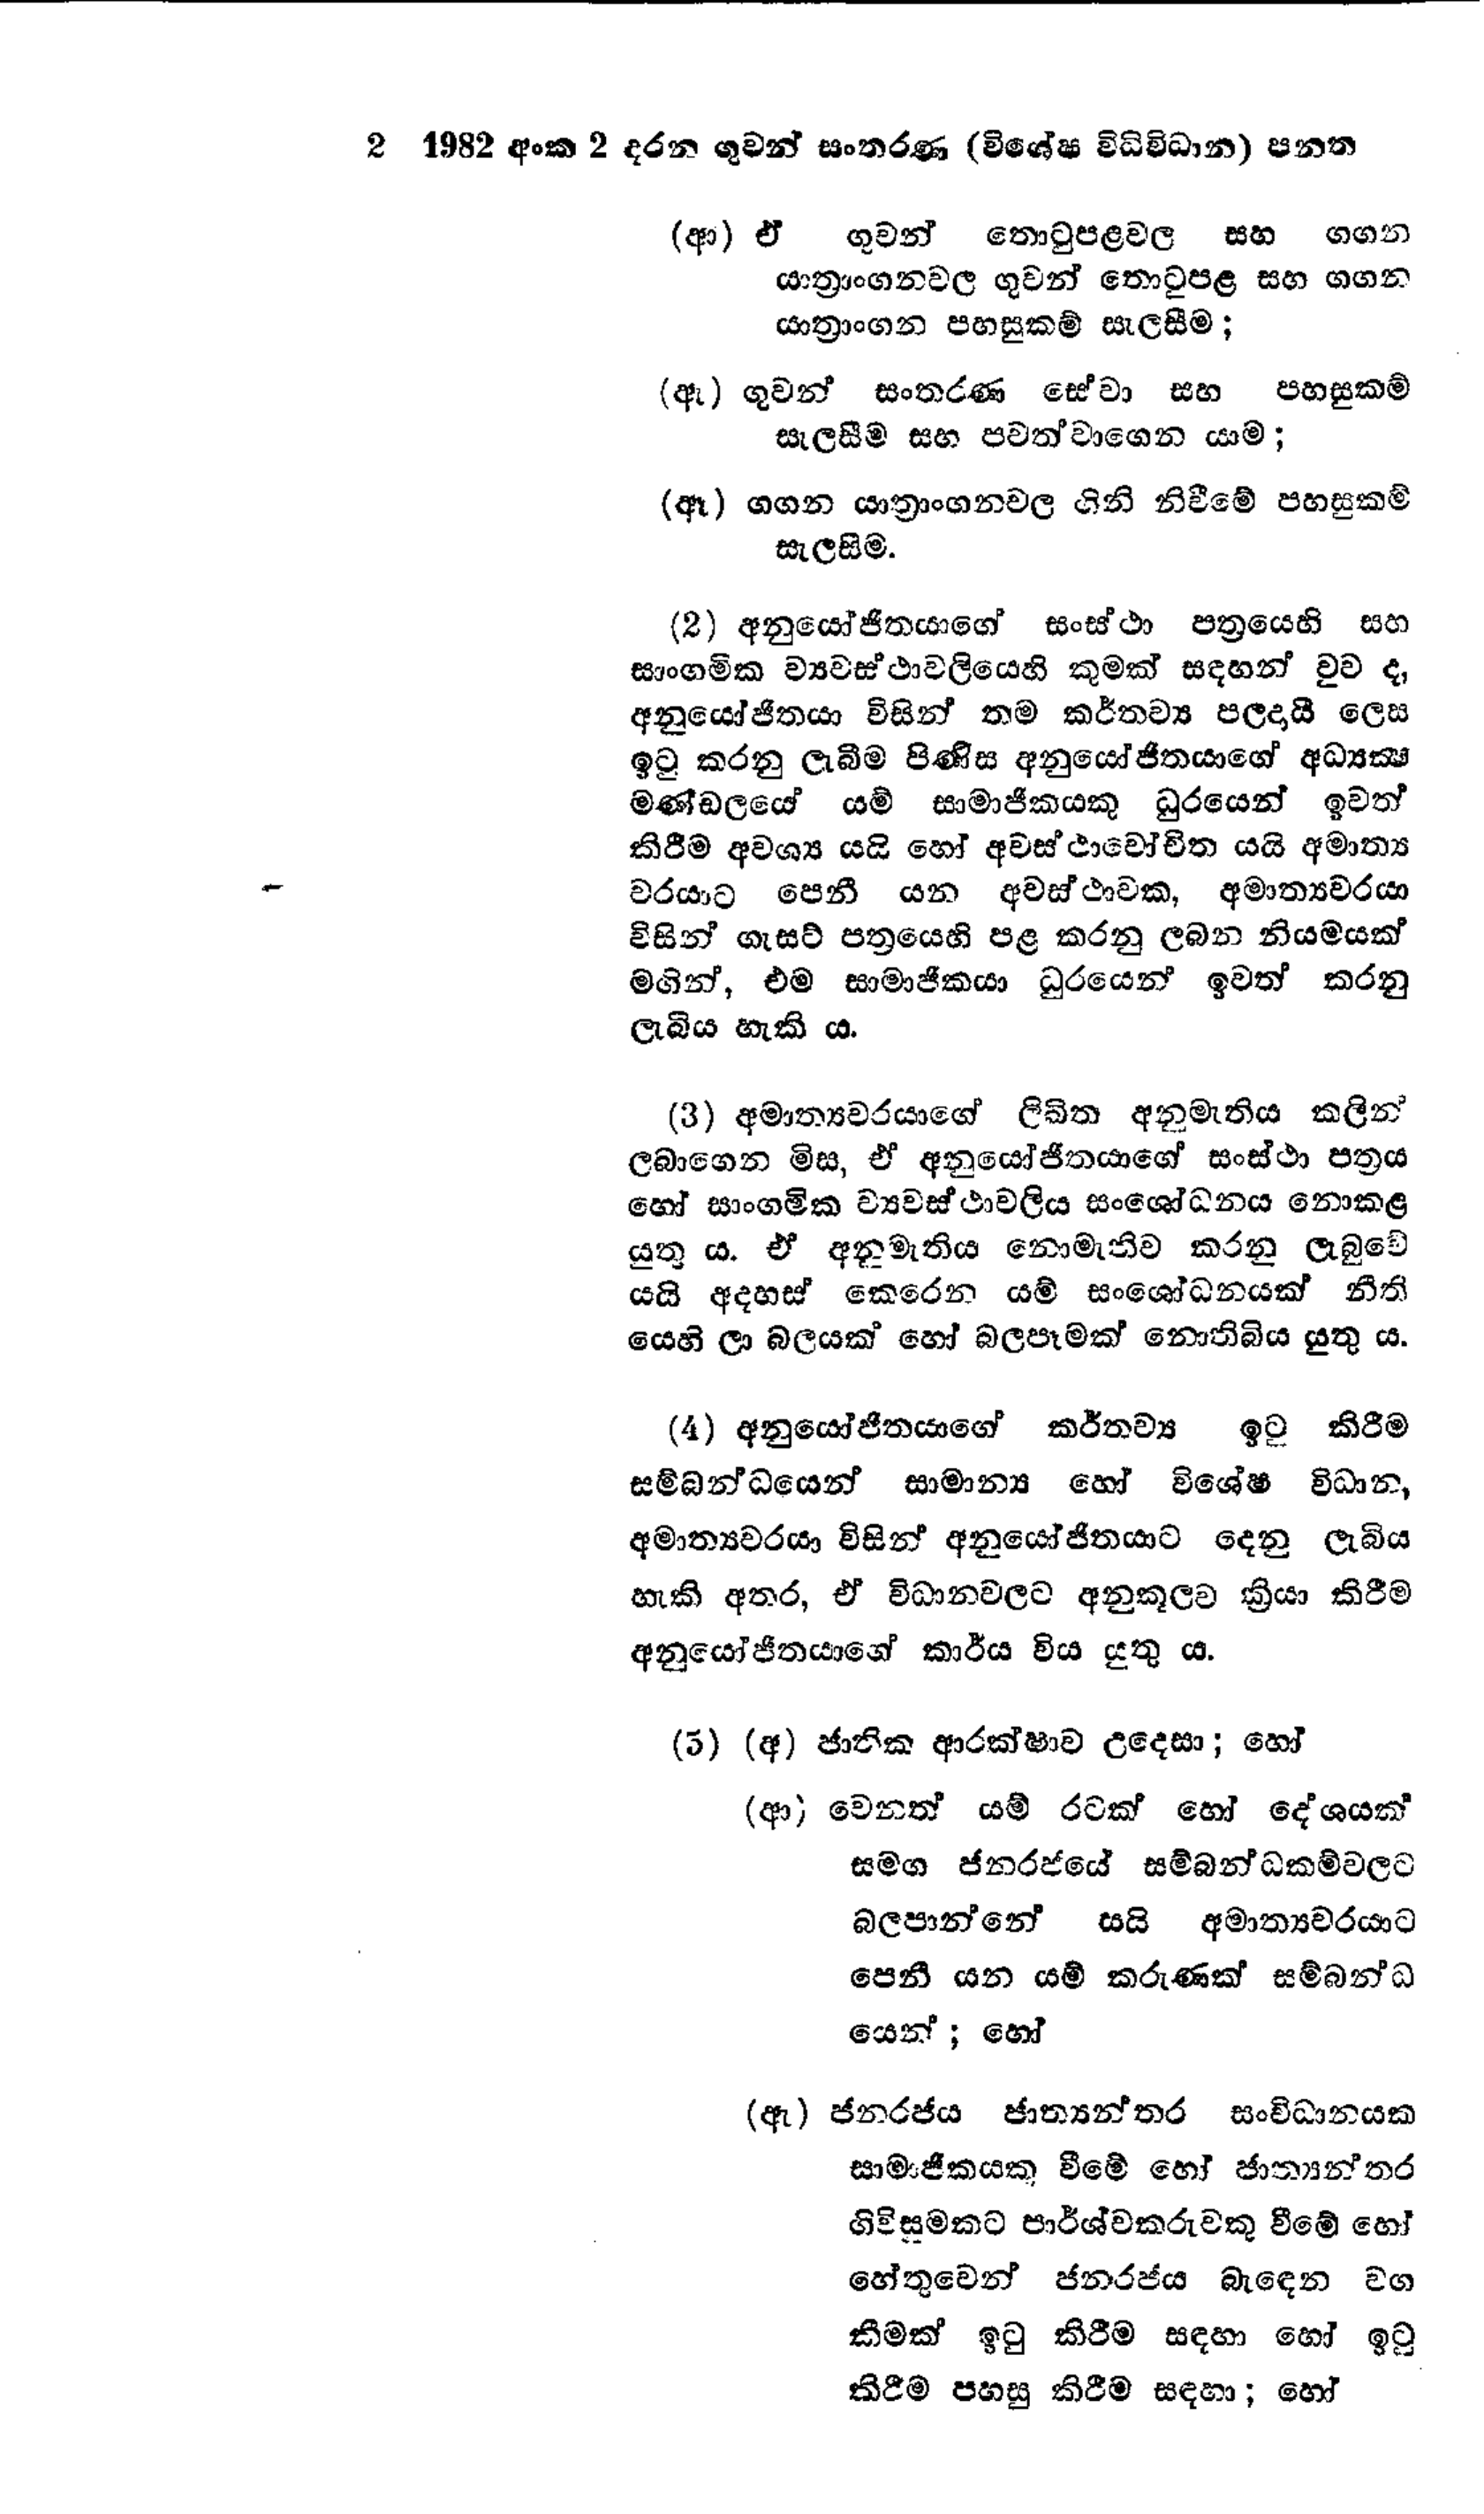
2 1982 අංක 2 දරන ගුවන් සංතරණ (විශේෂ විධිවිධාන) පනත

(ආ) ඒ ගුවන් තොටුපළවල සහ ගගන
යාත්‍රාංගනවල ගුවන් තොටුපළ සහ ගගන
යාත්‍රාංගන පහසුකම් සැලසීම;

(ඇ) ගුවන් සංතරණ සේවා සහ පහසුකම්
සැලසීම සහ පවත්වාගෙන යාම;

(ඈ) ගගන යාත්‍රාංගනවල ගිනි නිවීමේ පහසුකම්
සැලසීම.

(2) අනුයෝජිතයාගේ සංස්ථා පත්‍රයෙහි සහ
සාංගමික ව්‍යවස්ථාවලියෙහි කුමක් සඳහන් වුව ද,
අනුයෝජිතයා විසින් තම කර්තව්‍ය පලදායී ලෙස
ඉටු කරනු ලැබීම පිණිස අනුයෝජිතයාගේ අධ්‍යක්ෂ
මණ්ඩලයේ යම් සාමාජිකයකු ධුරයෙන් ඉවත්
කිරීම අවශ්‍ය යයි හෝ අවස්ථාවෝචිත යයි අමාත්‍ය
වරයාට පෙනී යන අවස්ථාවක, අමාත්‍යවරයා
විසින් ගැසට් පත්‍රයෙහි පළ කරනු ලබන නියමයක්
මගින්, එම සාමාජිකයා ධුරයෙන් ඉවත් කරනු
ලැබිය හැකි ය.

(3) අමාත්‍යවරයාගේ ලිඛිත අනුමැතිය කලින්
ලබාගෙන මිස, ඒ අනුයෝජිතයාගේ සංස්ථා පත්‍රය
හෝ සාංගමික ව්‍යවස්ථාවලිය සංශෝධනය නොකළ
යුතු ය. ඒ අනුමැතිය නොමැතිව කරනු ලැබුවේ
යයි අදහස් කෙරෙන යම් සංශෝධනයක් නීති
යෙහි ලා බලයක් හෝ බලපෑමක් නොතිබිය යුතු ය.

(4) අනුයෝජිතයාගේ කර්තව්‍ය ඉටු කිරීම
සම්බන්ධයෙන් සාමාන්‍ය හෝ විශේෂ විධාන,
අමාත්‍යවරයා විසින් අනුයෝජිතයාට දෙනු ලැබිය
හැකි අතර, ඒ විධානවලට අනුකූලව ක්‍රියා කිරීම
අනුයෝජිතයාගේ කාර්ය විය යුතුය.

(5) (අ) ජාතික ආරක්ෂාව උදෙසා; හෝ

(ආ) වෙනත් යම් රටක් හෝ දේශයක්
සමග ජනරජයේ සම්බන්ධකම්වලට
බලපාන්නේ යයි අමාත්‍යවරයාට
පෙනී යන යම් කරුණක් සම්බන්ධ
යෙන් : හෝ

(ඇ) ජනරජය ජාත්‍යන්තර සංවිධානයක
සාමාජිකයකු වීමේ හෝ ජාත්‍යන්තර
ගිවිසුමකට පාර්ශ්වකරුවකු වීමේ හෝ
හේතුවෙන් ජනරජය බැඳෙන වග
කීමක් ඉටු කිරීම සඳහා හෝ ඉටු
කිරීම පහසු කිරීම සඳහා; හෝ